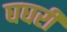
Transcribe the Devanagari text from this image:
घघरी